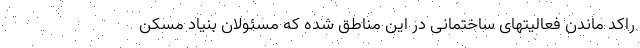
راکد ماندن فعالیتهای ساختمانی در این مناطق شده که مسئولان بنیاد مسکن